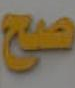
صح